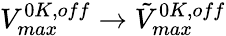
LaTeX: V_{max}^{0K,off}\to\tilde{V}_{max}^{0K,off}